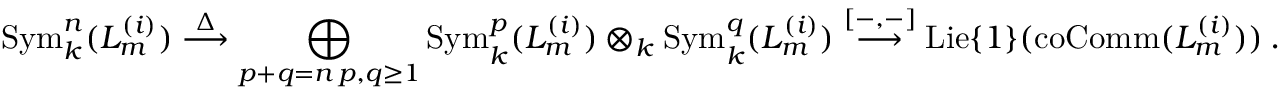
\mathrm { S y m } _ { k } ^ { n } ( L _ { m } ^ { ( i ) } ) \stackrel { \Delta } { \longrightarrow } \bigoplus _ { \substack { p + q = n \, p , q \ge 1 } } \mathrm { S y m } _ { k } ^ { p } ( L _ { m } ^ { ( i ) } ) \otimes _ { k } \mathrm { S y m } _ { k } ^ { q } ( L _ { m } ^ { ( i ) } ) \stackrel { [ - , - ] } { \longrightarrow } \mathrm { L i e } \{ 1 \} ( \mathrm { c o C o m m } ( L _ { m } ^ { ( i ) } ) ) \: .